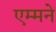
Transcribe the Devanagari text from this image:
एम्मने